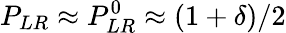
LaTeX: P_{LR}\approx P_{LR}^{0}\approx(1+\delta)/2